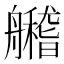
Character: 𦪼